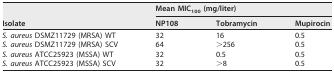
| <ROWSPAN=2> Isolate | <COLSPAN=3> Mean MIC100 (mg/liter) |
 | NP108 | Tobramycin | Mupirocin |
 | --- | --- | --- | --- |
 | S. aureus DSMZ11729 (MRSA) WT | 32 | 16 | 0.5 |
 | S. aureus DSMZ11729 (MRSA) SCV | 64 | >256 | 0.5 |
 | S. aureus ATCC25923 (MSSA) WT | 32 | 0.5 | 0.5 |
 | S. aureus ATCC25923 (MSSA) SCV | 32 | >8 | 0.5 |